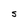
Character: S